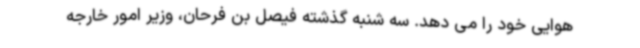
هوایی خود را می دهد. سه شنبه گذشته فیصل بن فرحان، وزیر امور خارجه